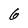
Character: 6